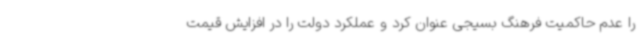
را عدم حاکمیت فرهنگ بسیجی عنوان کرد و عملکرد دولت را در افزایش قیمت